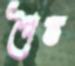
পৈত্ত